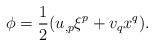
LaTeX: \begin{align*}\phi=\frac{1}{2}(u_{,p}\xi^p+v_qx^q).\end{align*}